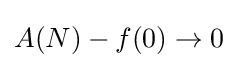
A(N)-f(0)\to 0